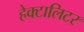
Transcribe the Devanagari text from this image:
हेक्टालिटर